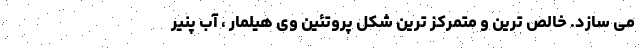
می ‌سازد. خالص ‌ترین و متمرکز ترین شکل پروتئین وی هیلمار ، آب پنیر